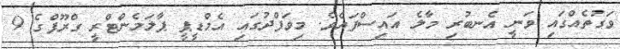
ވަގުތެއްގައި ވަނީ އެނބުރި މާލެ އައިސްފައެވެ. މިވަފްދުގައި އެމްޑީޕީ ޕާލަމެންޓްރީ ގްރޫޕްގެ 9